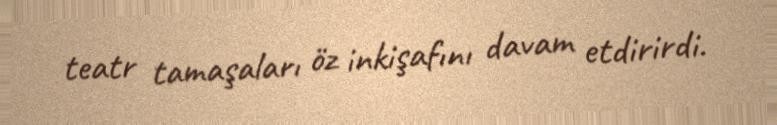
teatr tamaşaları öz inkişafını davam etdirirdi.